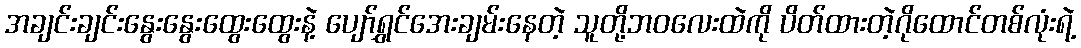
အချင်းချင်းနွေးနွေးထွေးထွေးနဲ့ ပျော်ရွှင်အေးချမ်းနေတဲ့ သူတို့ဘဝလေးထဲကို ပိတ်ထားတဲ့ဂိုထောင်တစ်လုံးရဲ့